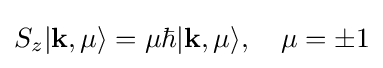
S_{z}|\mathbf {k} ,\mu \rangle =\mu \hbar |\mathbf {k} ,\mu \rangle ,\quad \mu =\pm 1